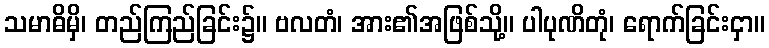
သမာဓိမှိ၊ တည်ကြည်ခြင်း၌။ ဗလတံ၊ အား၏အဖြစ်သို့။ ပါပုဏိတုံ၊ ရောက်ခြင်းငှာ။